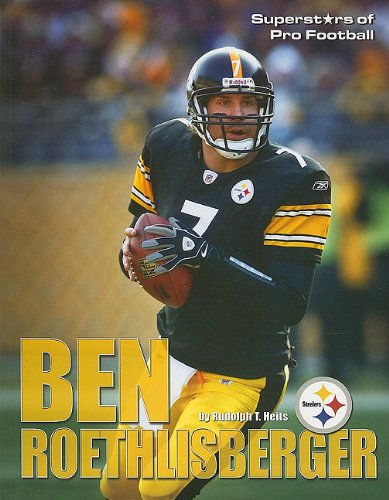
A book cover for Ben Rothlisberger (Superstars of Pro Football); Rudolph T. Heits; Teen & Young Adult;